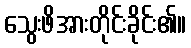
သွေးဖိအားတိုင်းခိုင်း၏။